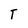
Character: T